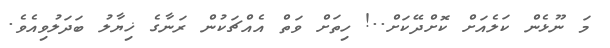
މަ ނޫޅެން ކަލެއަށް ކޮށްދޭކަށް..! ހިތަށް ވަތް އެއްޗަކުން ރަނާގެ ޚިޔާލު ބަދަލުވިއެވެ.